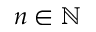
n \in \mathbb N